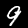
Digit: 9